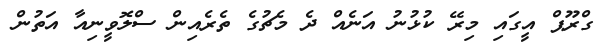
ގްރޫޕް އީގައި މިރޭ ކުޅުނު އަނެއް ދެ މެޗުގެ ތެރެއިން ސްލޮވީނިއާ އަތުން